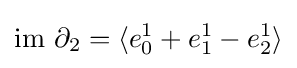
{\text{im }}\partial _{2}=\langle e_{0}^{1}+e_{1}^{1}-e_{2}^{1}\rangle